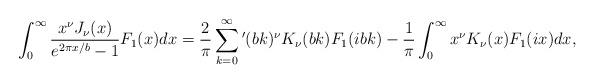
LaTeX: \begin{align*}\int_{0}^{\infty }{\frac{x^\nu J_\nu (x)}{e^{2\pi x/b}-1}F_1(x)dx}=\frac{2}{\pi }\sum_{k=0}^{\infty }{'}(bk)^\nu K_\nu (bk)F_1(ibk)-\frac{1}{\pi }\int_{0}^{\infty }{x^\nu K_\nu (x)F_1(ix)dx},\end{align*}